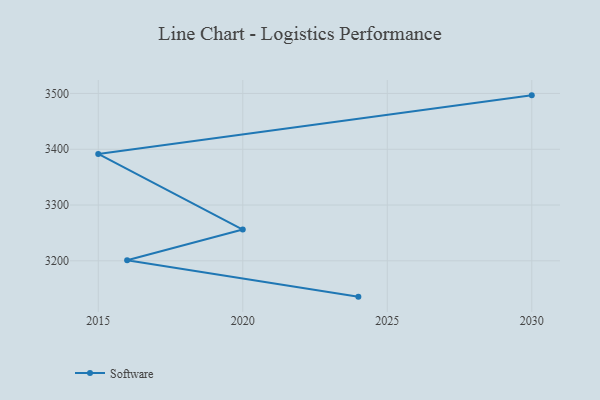
{"axis": {"x": "Year", "y": "Revenue (USD Million)"}, "legend": ["Software"], "data": [{"x": "2030", "y": 3496.6, "type": "Software"}, {"x": "2015", "y": 3391.6, "type": "Software"}, {"x": "2020", "y": 3256.0, "type": "Software"}, {"x": "2016", "y": 3201.1, "type": "Software"}, {"x": "2024", "y": 3135.8, "type": "Software"}]}